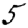
Digit: 5